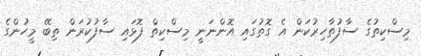
މިސްކިތުގެ ސާފުތާހިރުކަން އެ ގޮތުގައި އޮންނަނީ މިސްކިތް ފޮޅައި ސާފުކުރަން ތިބޭ މީހުންގެ